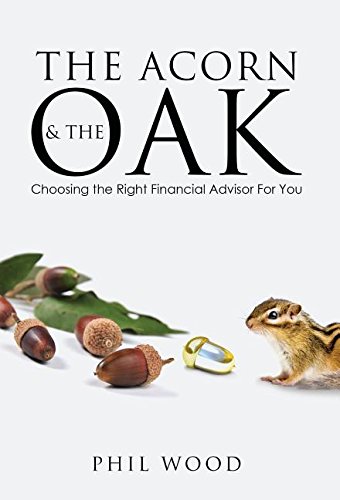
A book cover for The Acorn and the Oak: Choosing the Right Financial Advisor for You; Phil Wood; Business & Money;